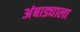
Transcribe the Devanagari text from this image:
अंबाड्याला